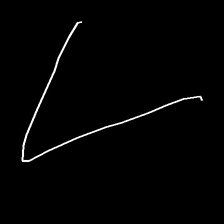
Glyph: region